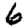
Digit: 6